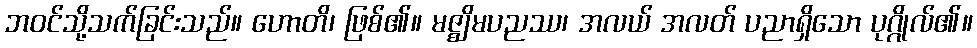
ဘဝင်သို့သက်ခြင်းသည်။ ဟောတိ၊ ဖြစ်၏။ မဇ္ဈိမပညဿ၊ အလယ် အလတ် ပညာရှိသော ပုဂ္ဂိုလ်၏။